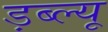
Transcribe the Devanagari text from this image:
ड़ब्ल्यू